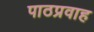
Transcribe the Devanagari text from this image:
पाठप्रवाह